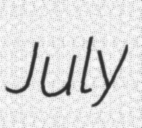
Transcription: July